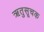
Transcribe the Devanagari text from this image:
ऋतुसूचक